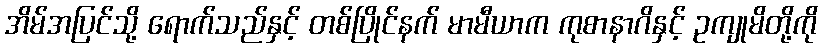
အိမ်အပြင်သို့ ရောက်သည်နှင့် တစ်ပြိုင်နက် မာမီယာက ကုစာနာဂိနှင့် ဥကျုမိတို့ကို